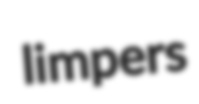
limpers